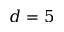
d = 5